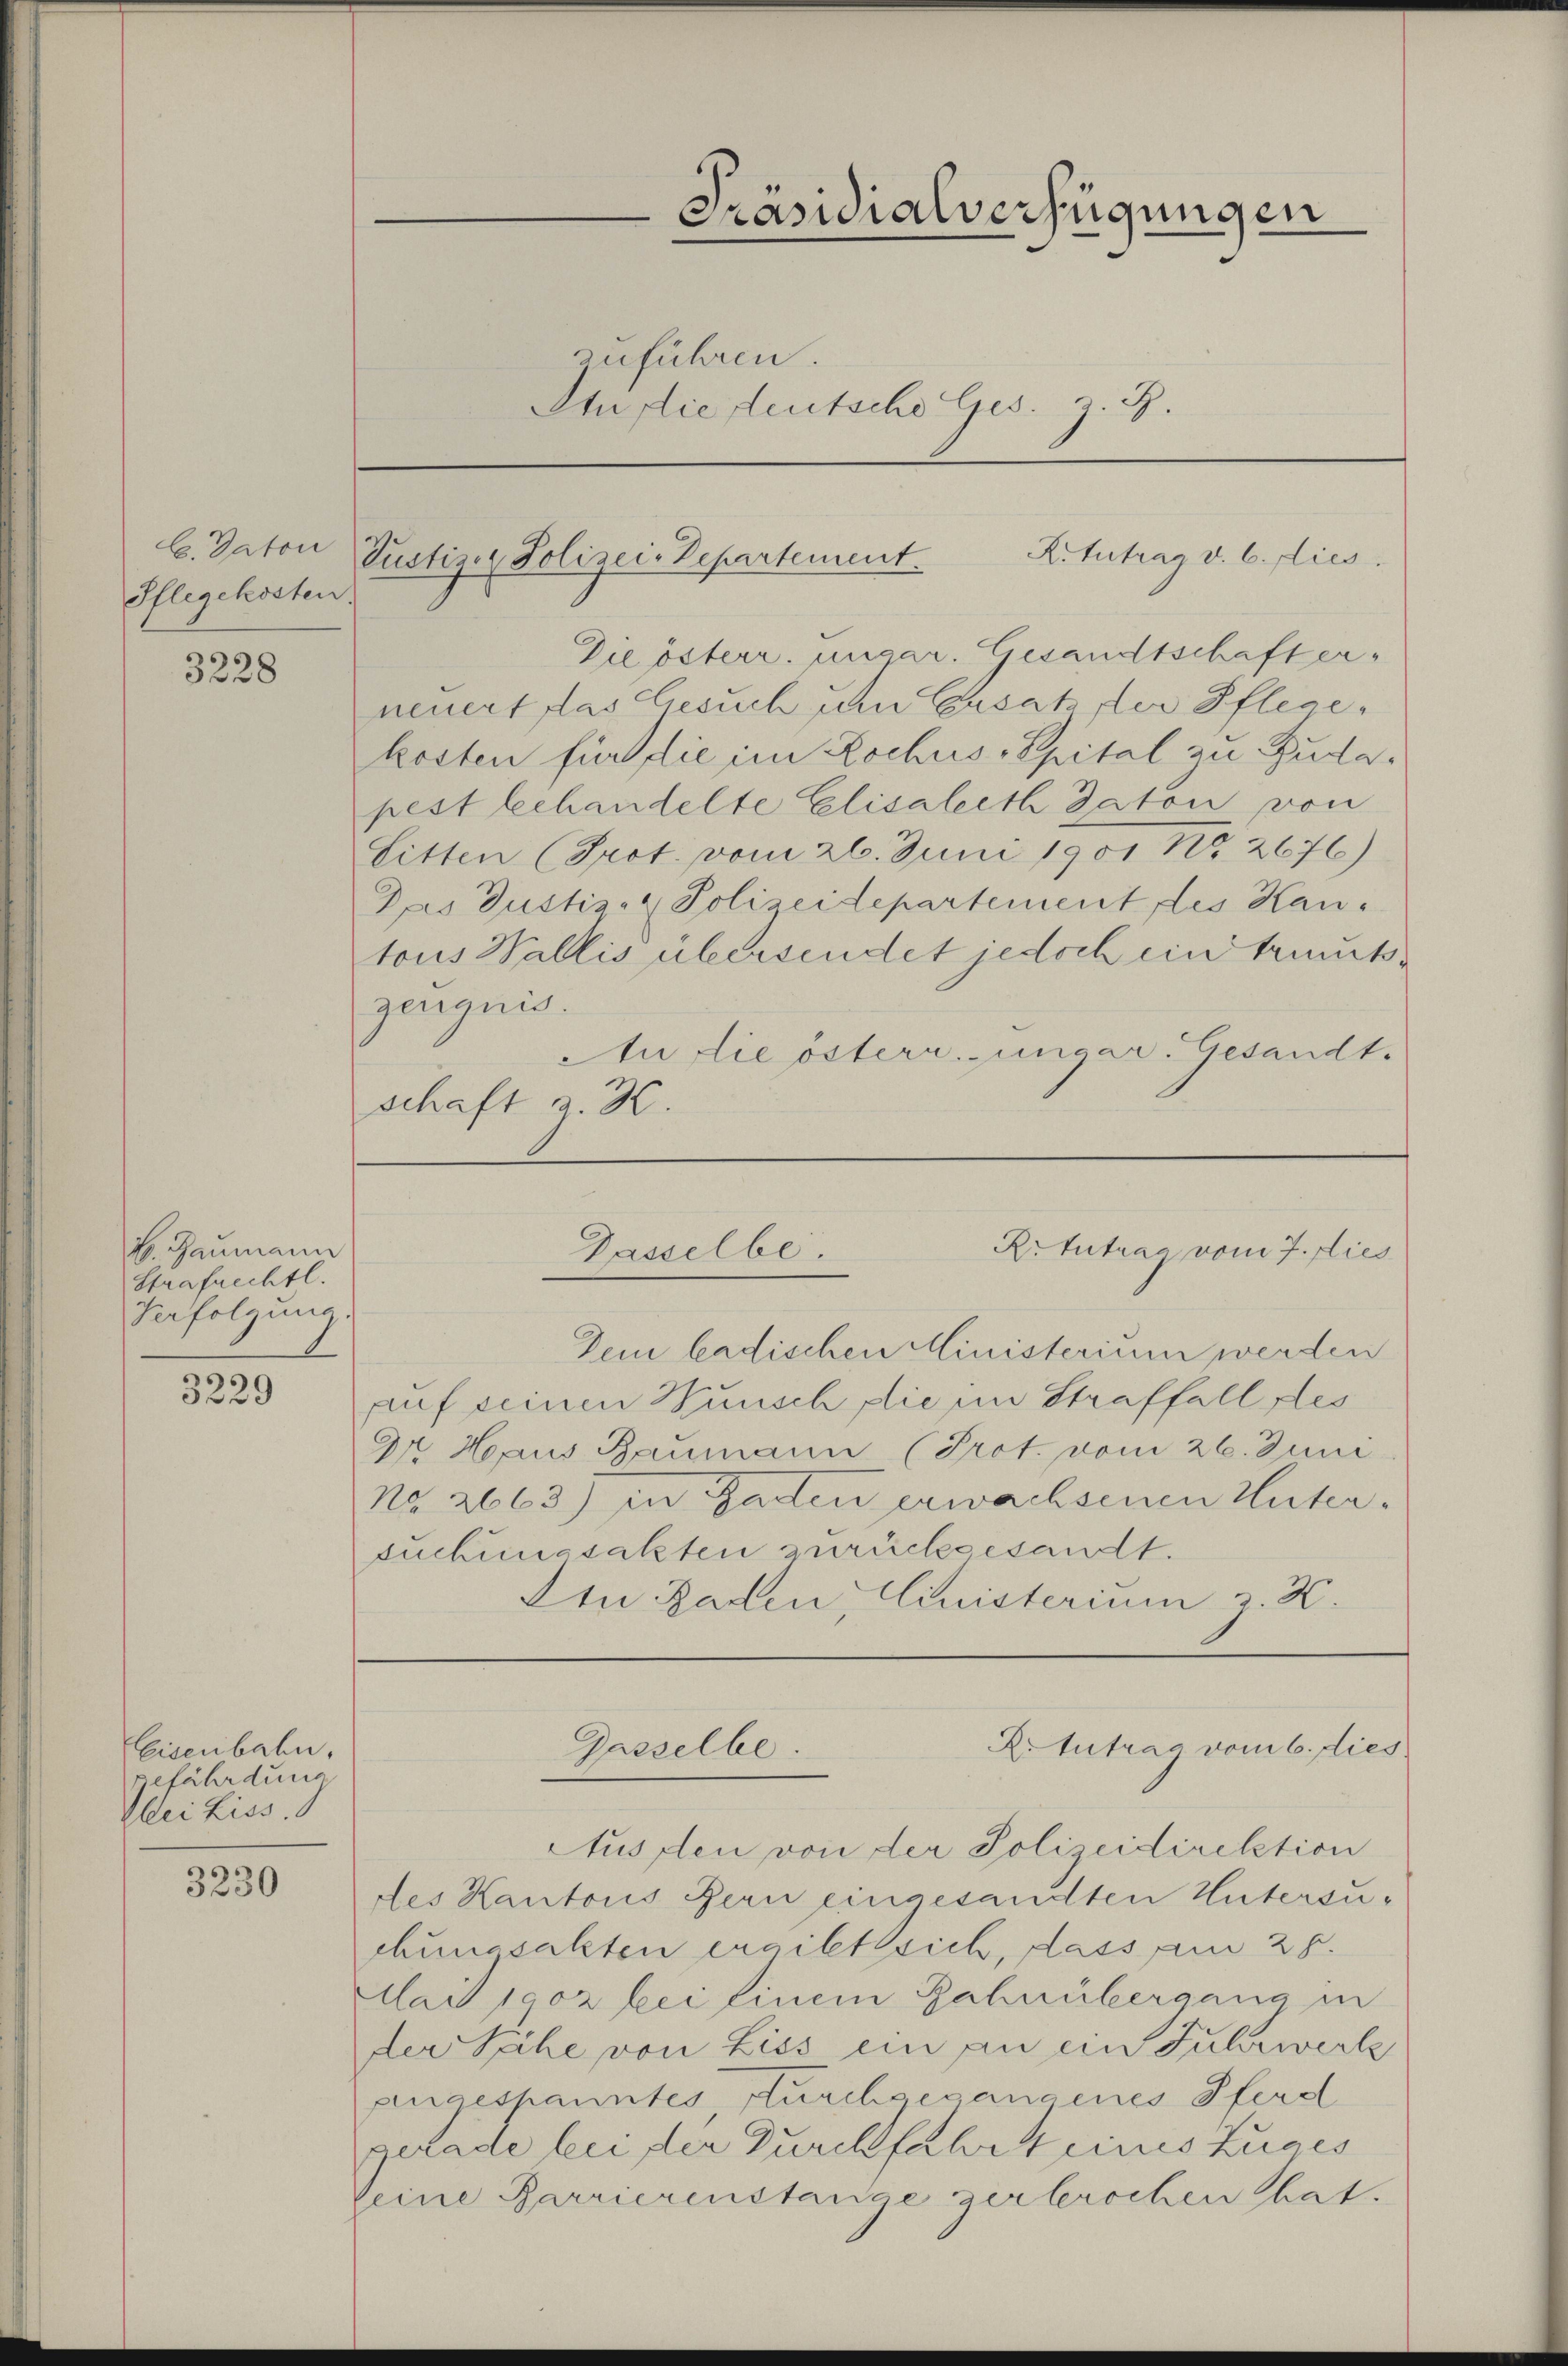
C. daton
Pflegekosten.

3228

B. Baumann
Strafrechtl.
Verfolgung

3229

Eisenbahn,
gefährdung
Ilei Liss.

3230

Präsidialverfügungen
zuführen.
An die teutsche Ges. z. B.

Justiz & Polizei-Departement. K. Antrag v. 6. dies

Die österr. ungar. Gesandtschaft er-
neuert das Gesuch um Ersatz der Pflegekosten für die im Rochus-Spital zu Budapest behandelte Elisaleeth daton von
Litten (Prot. vom 26. Juni 1901 No. 2676)
Das Justiz- & Polizeidepartement des Hautous Wallis übersendet jedoch ein trenntzerquis.
An die österr. uncar. Gesandt.
schaft a. 30.

Ritutrag vom 7. dies
Dasselbe.

Dein badischen Ministerium werden
auf seinen Wunsch die im Straffall fes
Dr. Haus Baumann (Prot. vom 26. Juni
No. 2663) in Garten erwachsenen Untersuchungsakten zurückgesandt.
Ein Baden, Clinisterium z. K.

Aus den von der Polizeidirektion
des Kantons Bern eingesandten Untersuchungsakten ergibt sich, dass am 28.
Mai 1902 bei einem Bahnübergang in
der Siche von Liss ein an ein Fuhrwerke
angespanntes Kirchgesangenes Pferd
gerade bei der Durchfahrt eines Zuges
Seine Parrierenstange zerbrochen hat.

Artutrag vom 6. dies
Gasselbe.